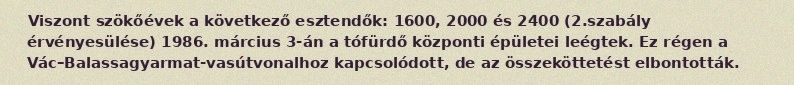
Viszont szökőévek a következő esztendők: 1600, 2000 és 2400 (2.szabály érvényesülése) 1986. március 3-án a tófürdő központi épületei leégtek. Ez régen a Vác–Balassagyarmat-vasútvonalhoz kapcsolódott, de az összeköttetést elbontották.